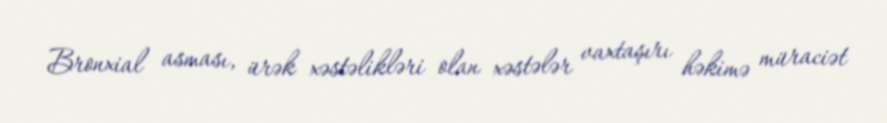
Bronxial asması, ürək xəstəlikləri olan xəstələr vaxtaşırı həkimə müraciət